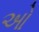
ઓ